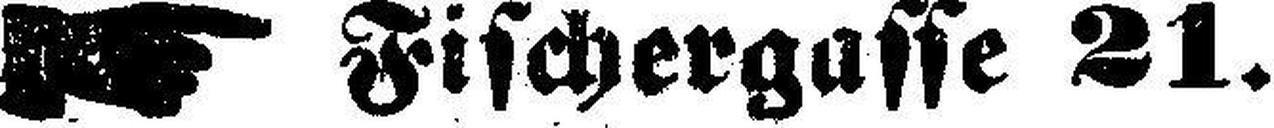
Fischergasse 21.